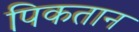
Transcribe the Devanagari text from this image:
पिकतान